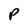
Character: P